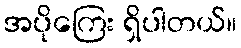
အပိုကြေး ရှိပါတယ်။